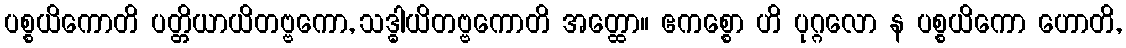
ပစ္စယိကောတိ ပတ္တိယာယိတဗ္ဗကော, သဒ္ဓါယိတဗ္ဗကောတိ အတ္ထော။ ဧကစ္စော ဟိ ပုဂ္ဂလော န ပစ္စယိကော ဟောတိ,